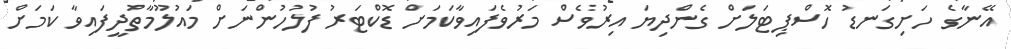
އޭނާގެ ހަށިގަނޑު ހޮސްޕިޓަލަށް ގެންދިޔަ އިރުވެސް މަރުވެފައިވާކަމަށް ޑޮކްޓަރު ފުލުހުންނަށް މައުލޫމާތުދީފައިވާ ކަމަށް